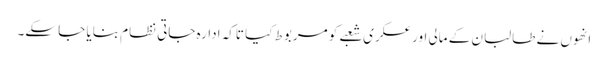
انھوں نے طالبان کے مالی اور عسکری شعبے کو مربوط کیا تاکہ ادارہ جاتی نظام بنایا جا سکے۔